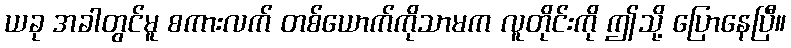
ယခု အခါတွင်မူ စကားလက် တစ်ယောက်ကိုသာမက လူတိုင်းကို ဤသို့ ပြောနေပြီ။